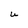
Character: U